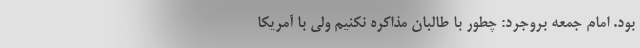
بود. امام جمعه بروجرد: چطور با طالبان مذاکره نکنیم ولی با آمریکا